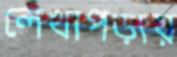
লেখাপড়ায়